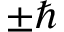
\pm \hbar